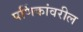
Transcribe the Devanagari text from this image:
पर्णिकांवरील